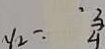
y _ { 2 } = \frac { 3 } { 4 }